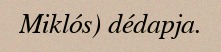
Miklós) dédapja.